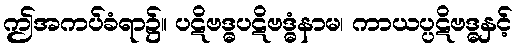
ဤအကပ်ခံရာ၌။ ပဋိဗဒ္ဓပဋိဗဒ္ဓံနာမ၊ ကာယပ္ပဋိဗဒ္ဓနှင့်